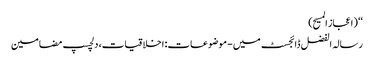
‘‘ (اعجاز المسیح)
رسالہ الفضل ڈائجسٹ میں - موضوعات: اخلاقیات، دلچسپ مضامین